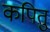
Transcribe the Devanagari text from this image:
कपितु